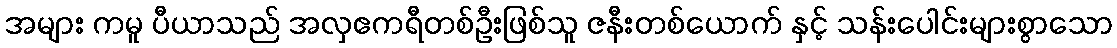
အများ ကမူ ပီယာသည် အလှဧကရီတစ်ဦးဖြစ်သူ ဇနီးတစ်ယောက် နှင့် သန်းပေါင်းများစွာသော